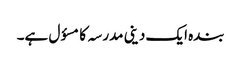
بندہ ایک دینی مدرسہ کامسؤل ہے۔